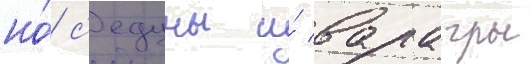
но́ с'едуны и́ варагры